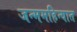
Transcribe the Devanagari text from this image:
जन्ममहिन्यात